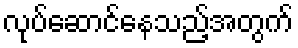
လုပ်ဆောင်နေသည့်အတွက်